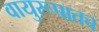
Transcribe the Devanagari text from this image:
वायुरूपातच